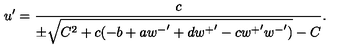
u ^ { \prime } = \frac { c } { \pm \sqrt { C ^ { 2 } + c ( - b + a { w ^ { - } } ^ { \prime } + d { w ^ { + } } ^ { \prime } - c { w ^ { + } } ^ { \prime } { w ^ { - } } ^ { \prime } ) } - C } .